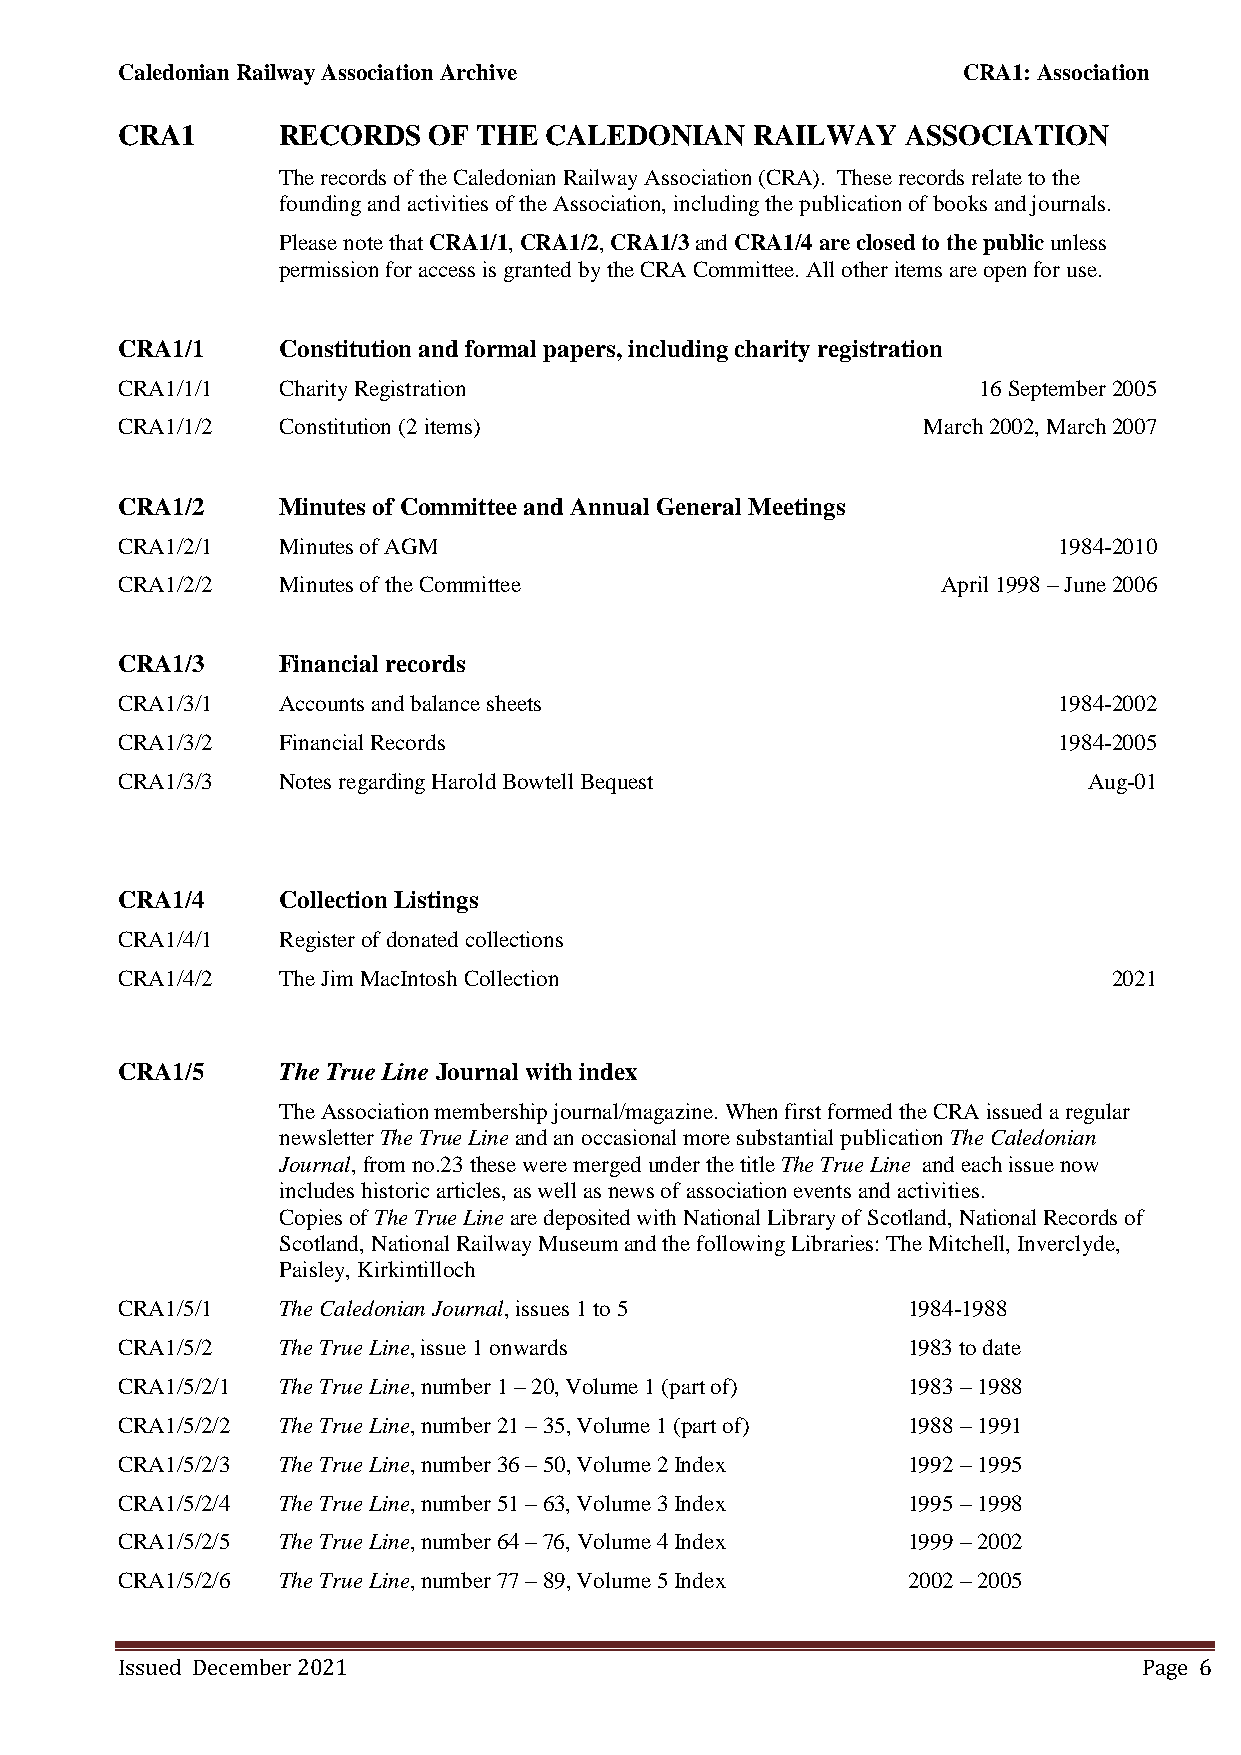
Caledonian Railway Association Archive                  CRA1: Association
 CRA1      RECORDS   OF  THE CALEDONIAN    RAILWAY   ASSOCIATION
 The records of the Caledonian Railway Association (CRA). These records relate to the
 founding and activities of the Association, including the publication of books and journals.
 Please note that CRA1/1, CRA1/2, CRA1/3 and CRA1/4 are closed to the public unless
 permission for access is granted by the CRA Committee. All other items are open for use.
 CRA1/1    Constitution and formal papers, including charity registration
 CRA1/1/1  Charity Registration                           16 September 2005
 CRA1/1/2  Constitution (2 items)                     March 2002, March 2007
 CRA1/2    Minutes of Committee and Annual General Meetings
 CRA1/2/1  Minutes of AGM                                      1984-2010
 CRA1/2/2  Minutes of the Committee                    April 1998 – June 2006
 CRA1/3    Financial records
 CRA1/3/1  Accounts and balance sheets                         1984-2002
 CRA1/3/2  Financial Records                                   1984-2005
 CRA1/3/3  Notes regarding Harold Bowtell Bequest                Aug-01
 CRA1/4    Collection Listings
 CRA1/4/1  Register of donated collections
 CRA1/4/2  The Jim MacIntosh Collection                            2021
 CRA1/5    The True Line Journal with index
 The Association membership journal/magazine. When first formed the CRA issued a regular
 newsletter The True Line and an occasional more substantial publication The Caledonian
 Journal, from no.23 these were merged under the title The True Line and each issue now
 includes historic articles, as well as news of association events and activities.
 Copies of The True Line are deposited with National Library of Scotland, National Records of
 Scotland, National Railway Museum and the following Libraries: The Mitchell, Inverclyde,
 Paisley, Kirkintilloch
 CRA1/5/1  The Caledonian Journal, issues 1 to 5     1984-1988
 CRA1/5/2  The True Line, issue 1 onwards            1983 to date
 CRA1/5/2/1 The True Line, number 1 – 20, Volume 1 (part of) 1983 – 1988
 CRA1/5/2/2 The True Line, number 21 – 35, Volume 1 (part of) 1988 – 1991
 CRA1/5/2/3 The True Line, number 36 – 50, Volume 2 Index 1992 – 1995
 CRA1/5/2/4 The True Line, number 51 – 63, Volume 3 Index 1995 – 1998
 CRA1/5/2/5 The True Line, number 64 – 76, Volume 4 Index 1999 – 2002
 CRA1/5/2/6 The True Line, number 77 – 89, Volume 5 Index 2002 – 2005
 Issued December 2021                                                Page 6